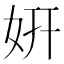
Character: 姸